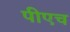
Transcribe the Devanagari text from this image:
पीएच